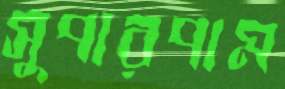
সুপারপাম